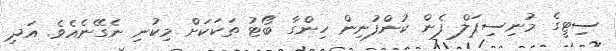
ސިޓީގެ މުނިސިޕަލް ފެން ކުންފުނިން ހިންގާ ބޯޓު ތަކަކަށް މިކުނި ނެގޭނެއެވެ. އަދި